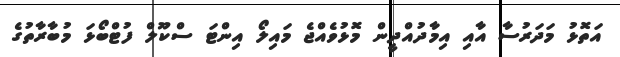
އަތޮޅު މަދަރުސާ އާއި އިމާދުއްދީން މޮޅުވެއްޖެ މައިލޯ އިންޓަ ސްކޫލް ފުޓްބޯޅަ މުބާރާތުގެ